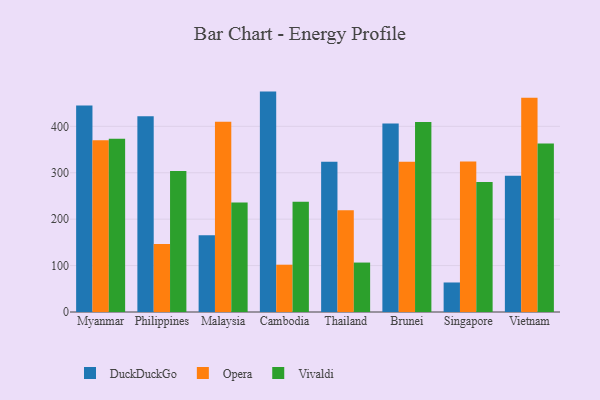
{"axis": {"x": "Country", "y": "Demand Index"}, "legend": ["DuckDuckGo", "Opera", "Vivaldi"], "data": [{"x": "Myanmar", "y": 445.1, "type": "DuckDuckGo"}, {"x": "Myanmar", "y": 369.9, "type": "Opera"}, {"x": "Myanmar", "y": 373.4, "type": "Vivaldi"}, {"x": "Philippines", "y": 421.6, "type": "DuckDuckGo"}, {"x": "Philippines", "y": 146.7, "type": "Opera"}, {"x": "Philippines", "y": 303.6, "type": "Vivaldi"}, {"x": "Malaysia", "y": 165.5, "type": "DuckDuckGo"}, {"x": "Malaysia", "y": 410.0, "type": "Opera"}, {"x": "Malaysia", "y": 235.7, "type": "Vivaldi"}, {"x": "Cambodia", "y": 474.8, "type": "DuckDuckGo"}, {"x": "Cambodia", "y": 101.9, "type": "Opera"}, {"x": "Cambodia", "y": 237.3, "type": "Vivaldi"}, {"x": "Thailand", "y": 323.8, "type": "DuckDuckGo"}, {"x": "Thailand", "y": 219.2, "type": "Opera"}, {"x": "Thailand", "y": 106.5, "type": "Vivaldi"}, {"x": "Brunei", "y": 406.3, "type": "DuckDuckGo"}, {"x": "Brunei", "y": 323.7, "type": "Opera"}, {"x": "Brunei", "y": 409.1, "type": "Vivaldi"}, {"x": "Singapore", "y": 63.6, "type": "DuckDuckGo"}, {"x": "Singapore", "y": 324.2, "type": "Opera"}, {"x": "Singapore", "y": 280.0, "type": "Vivaldi"}, {"x": "Vietnam", "y": 293.6, "type": "DuckDuckGo"}, {"x": "Vietnam", "y": 461.8, "type": "Opera"}, {"x": "Vietnam", "y": 362.9, "type": "Vivaldi"}]}